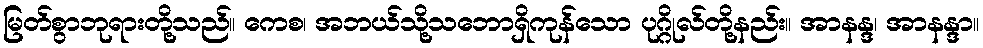
မြတ်စွာဘုရားတို့သည်။ ကေစ၊ အဘယ်သို့သဘောရှိကုန်သော ပုဂ္ဂိုလ်တို့နည်း။ အာနန္ဒ၊ အာနန္ဒာ။